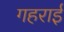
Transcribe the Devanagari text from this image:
गहरार्इ